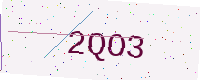
Text: 2QO3